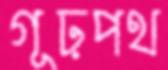
গূঢ়পথ